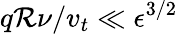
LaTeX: q\mathcal{R}\nu/v_{t}\ll\epsilon^{3/2}